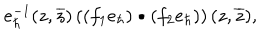
LaTeX: e _ { \hbar } ^ { - 1 } ( z , \overline { { { z } } } ) \left( ( f _ { 1 } e _ { \hbar } ) \bullet ( f _ { 2 } e _ { \hbar } ) \right) ( z , \overline { { { z } } } ) ,